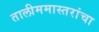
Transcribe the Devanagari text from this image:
तालीममास्तरांचा